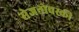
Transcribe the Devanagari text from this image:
सेजनोवस्की